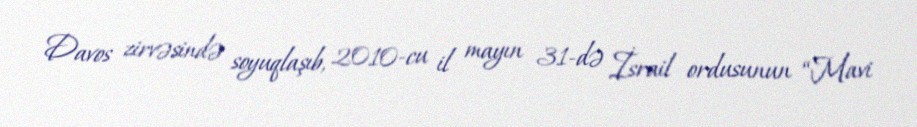
Davos zirvəsində soyuqlaşıb, 2010-cu il mayın 31-də İsrail ordusunun “Mavi